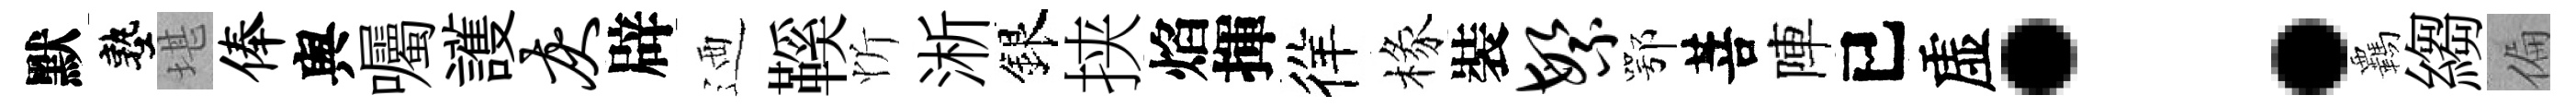
默塾堪俸舆囑護灰辟迺鞵忻淅銀挟焰揮徉椽裝繁鄂菩陣已虚：覊縐偏